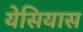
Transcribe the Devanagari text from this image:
येसियास